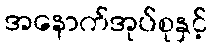
အနောက်အုပ်စုနှင့်